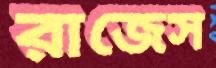
রাজেস